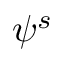
\psi ^ { s }